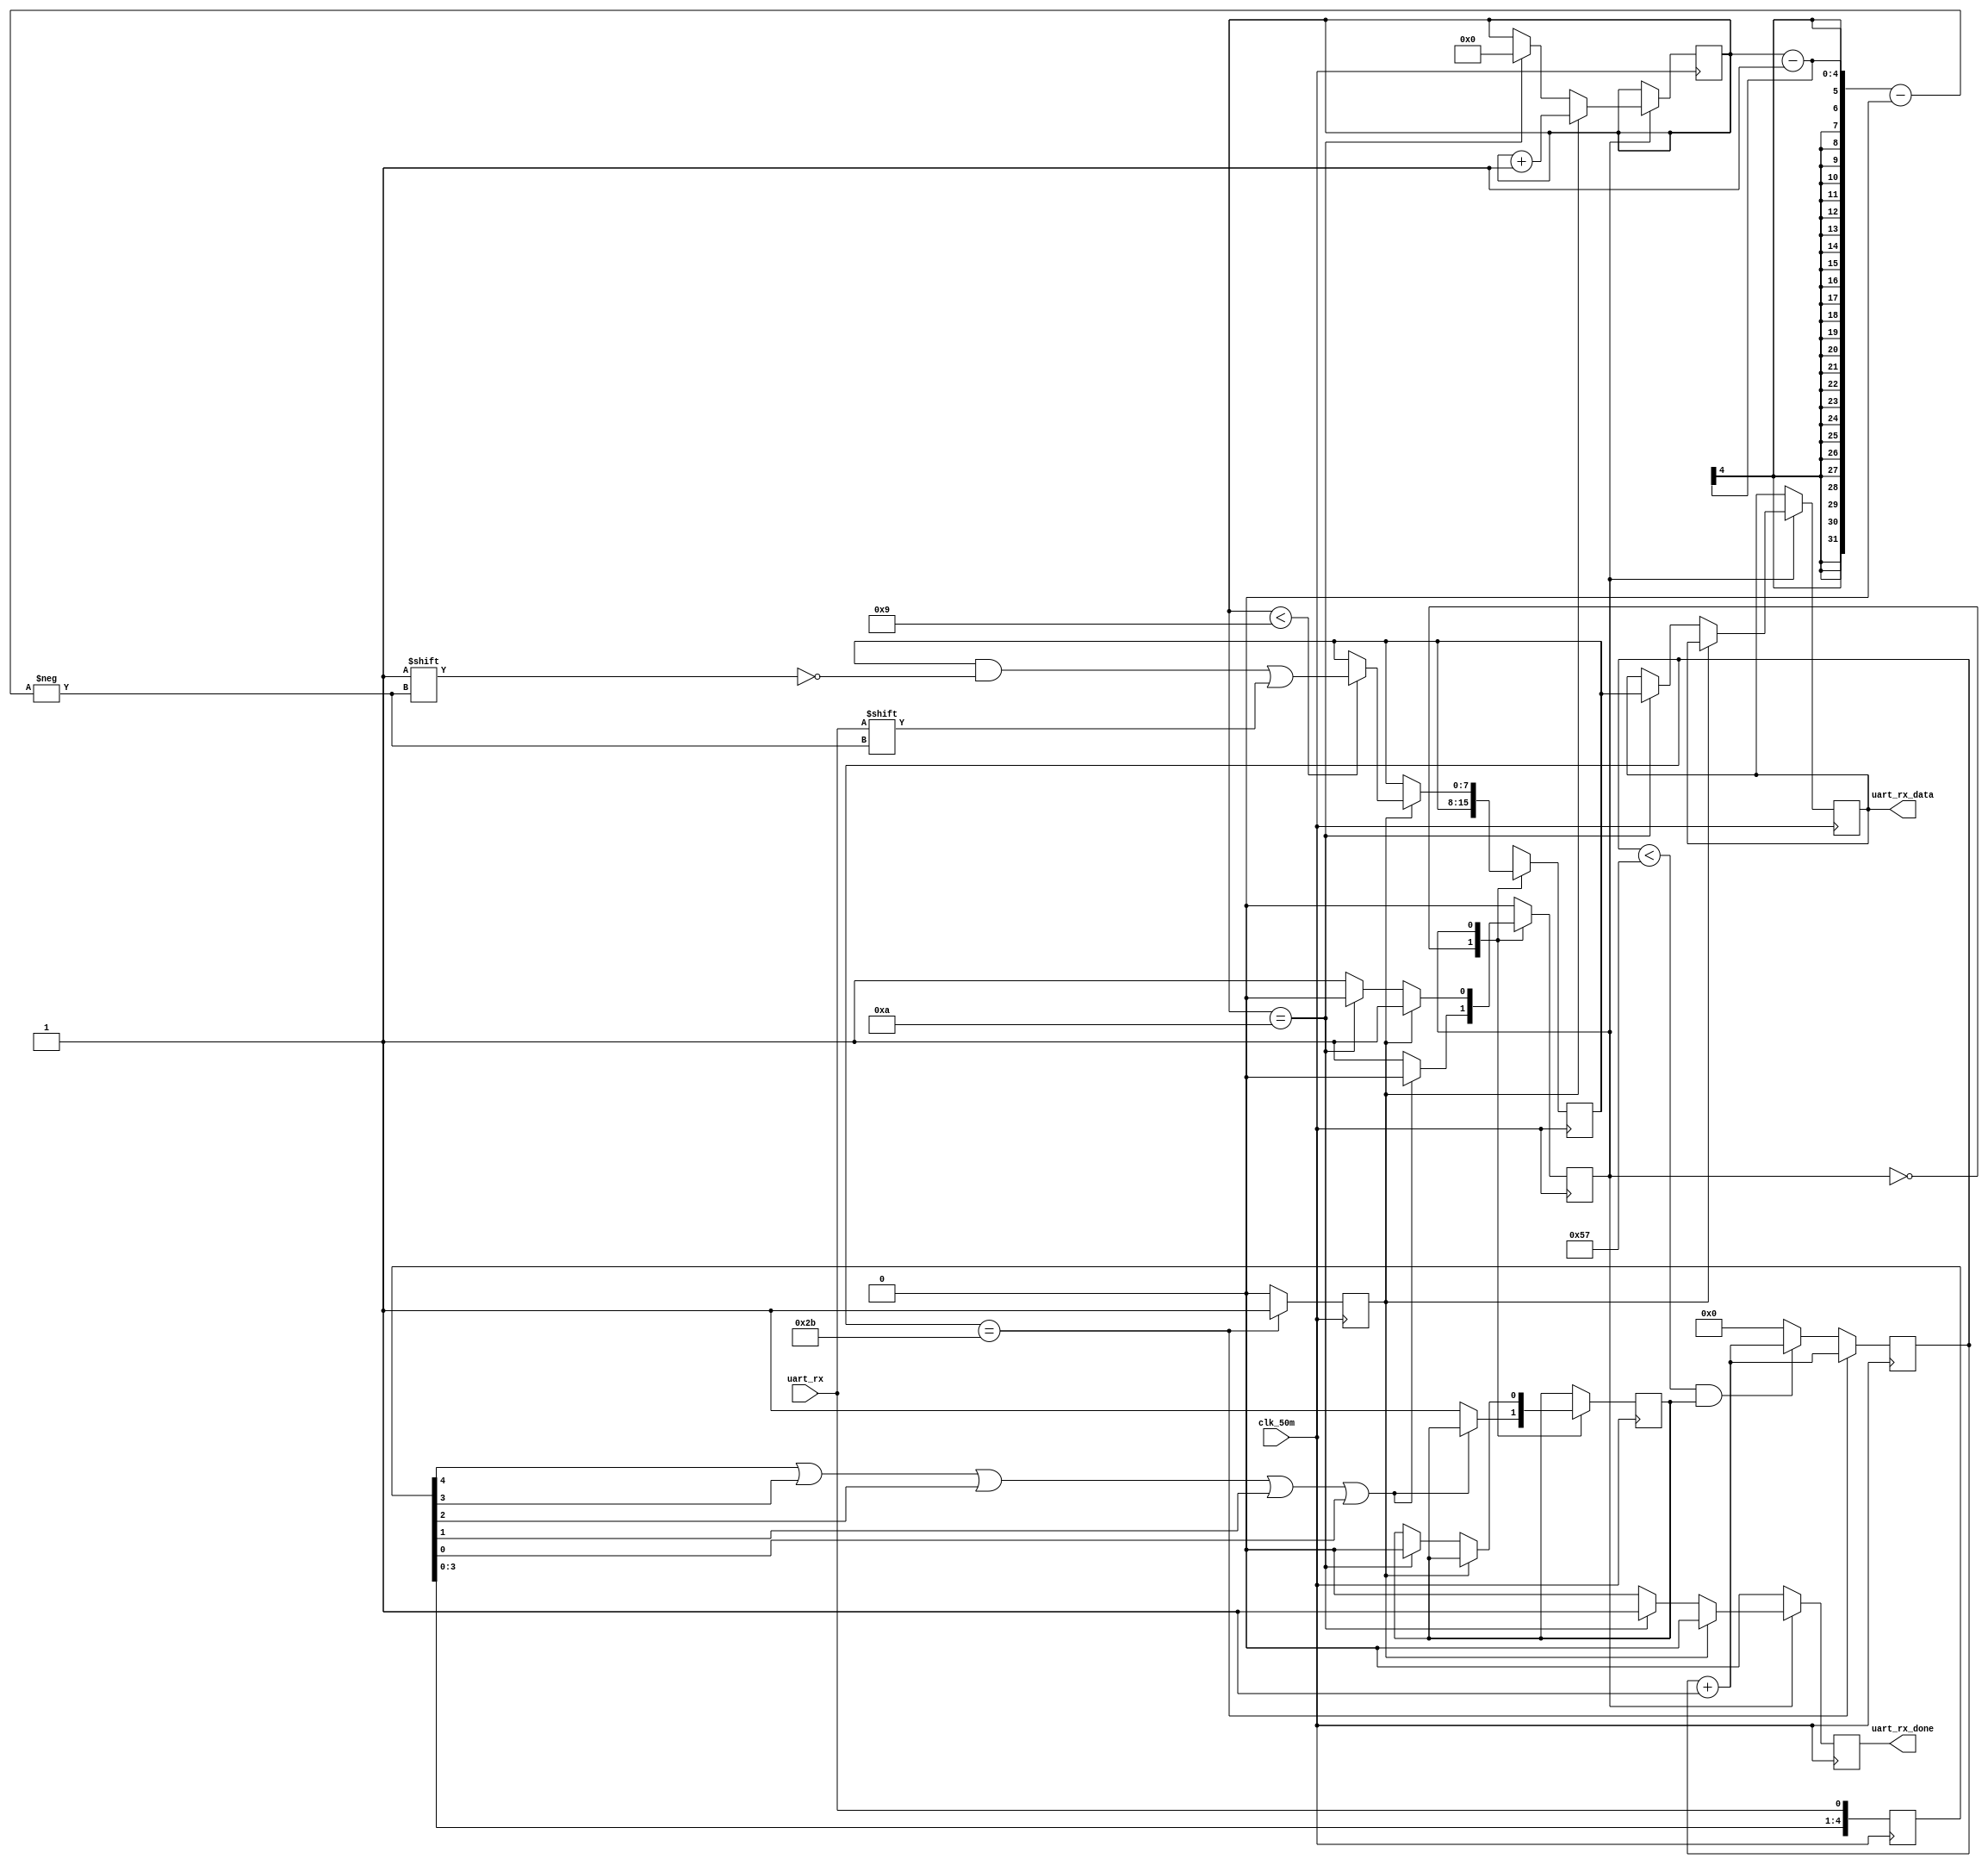
// This program was cloned from: https://github.com/Nitcloud/Digital-IDE
// License: GNU General Public License v3.0

`timescale 1ns / 1ps

module uart_rx(
	input clk_50m,
	input uart_rx,
	output [7:0] uart_rx_data,
	output uart_rx_done
    );
    
parameter [12:0] BAUD_DIV     = 13'd87;//bps115200  t=1/115200 s,T=1/100000000t/T=868
parameter [12:0] BAUD_DIV_CAP = 13'd43;   

reg [12:0] baud_div=0;				      
reg baud_bps=0;					            
reg bps_start=0;					          
always@(posedge clk_50m)
begin
	if(baud_div==BAUD_DIV_CAP)	    	     
		begin
			baud_bps<=1'b1;
			baud_div<=baud_div+1'b1;
		end
	else if(baud_div<BAUD_DIV && bps_start) 
		begin
			baud_div<=baud_div+1'b1;
			baud_bps<=0;
		end
	else
		begin
			baud_bps<=0;
			baud_div<=0;
		end
end

reg [4:0] uart_rx_r=5'b11111;			 
always@(posedge clk_50m)
begin
	uart_rx_r<={uart_rx_r[3:0],uart_rx};
end
wire uart_rxnt=uart_rx_r[4]|uart_rx_r[3]|uart_rx_r[2]|uart_rx_r[1]|uart_rx_r[0];

reg [3:0] bit_num=0;	    
reg state=1'b0;

reg [7:0] uart_rx_data_r0=0;
reg [7:0] uart_rx_data_r1=0;
reg       uart_rx_dong_r=0;
always@(posedge clk_50m)
begin
    uart_rx_dong_r <= 0;
	case(state)
		1'b0 : 
			if(!uart_rxnt)
				begin
					bps_start<=1'b1;
					state<=1'b1;
				end
		1'b1 :			
			if(baud_bps)	
				begin
					bit_num<=bit_num+1'b1;
					if(bit_num<4'd9)	
						uart_rx_data_r0[bit_num-1]<=uart_rx;
				end
			else if(bit_num==4'd10)
				begin
					bit_num<=0;
					uart_rx_dong_r <= 1;
					uart_rx_data_r1<=uart_rx_data_r0;
					state<=1'b0;
					bps_start<=0;
				end
		default:;
	endcase
end
assign uart_rx_data=uart_rx_data_r1;		
assign uart_rx_done= uart_rx_dong_r;
endmodule